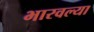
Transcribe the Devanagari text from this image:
भारवल्या